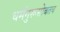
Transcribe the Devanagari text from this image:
धर्मगुरूसोबतच